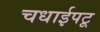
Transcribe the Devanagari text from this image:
चधाईपटू